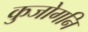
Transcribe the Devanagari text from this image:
कुजोगनि